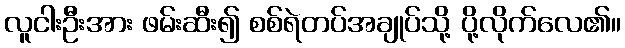
လူငါးဦးအား ဖမ်းဆီး၍ စစ်ရဲတပ်အချုပ်သို့ ပို့လိုက်လေ၏။